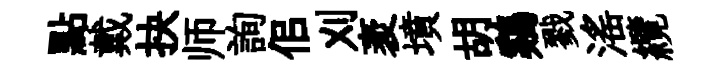
點戴抉师詢佀刈袤墳胡鷄戮滛纜